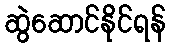
ဆွဲဆောင်နိုင်ရန်